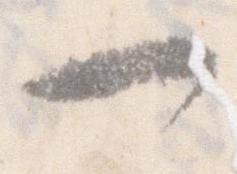
一